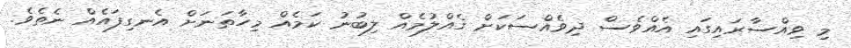
މި ވިއްސާރައިގައި އެއްވެސް ދިވެއްސަކަށް ގެއްލުމެއް ލިބުނު ކަމެއް މިހާތަނަށް އެނގިފައެއް ނެތެވެ.